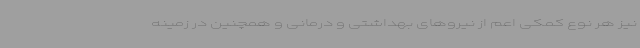
نیز هر نوع کمکی اعم از نیروهای بهداشتی و درمانی و همچنین در زمینه